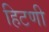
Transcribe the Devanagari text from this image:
हिटणी